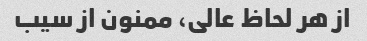
از هر لحاظ عالی، ممنون از سیب